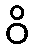
ဝိ